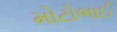
મોટોભાઈ